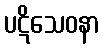
ပဋိသေဝနာ